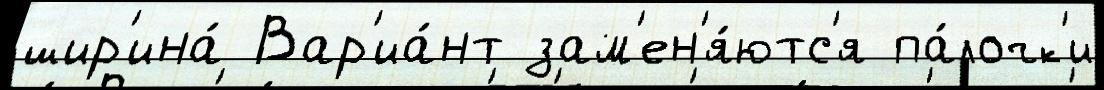
шир'ина́ Вар'иа́нт зам'ен'я́ютс'я па́лочк'и